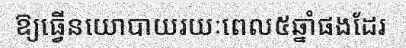
ឱ្យធ្វើនយោបាយរយៈពេល៥ឆ្នាំផងដែរ